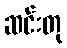
ဆင်းတု